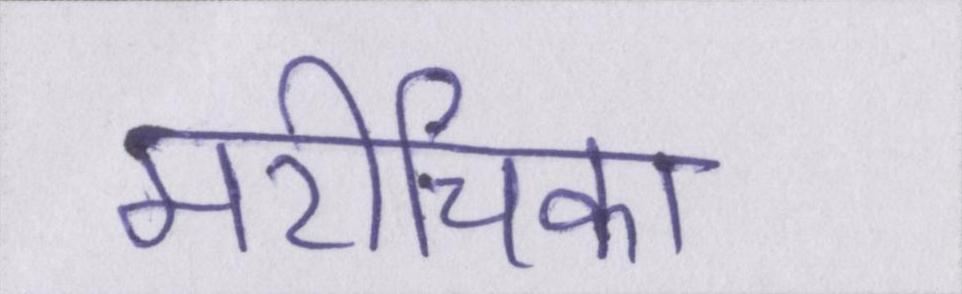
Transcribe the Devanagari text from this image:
मरीचिका